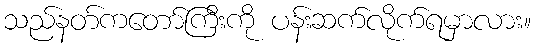
သည်နတ်ကတော်ကြီးကို ပန်းဆက်လိုက်ရမှာလား။